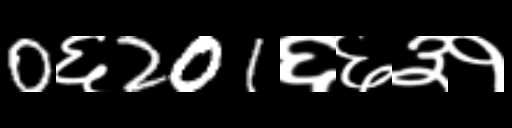
Text: 0६201६६३१